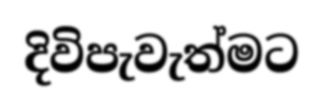
දිවිපැවැත්මට